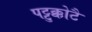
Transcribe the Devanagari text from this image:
पट्टुक्कोटै